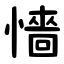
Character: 懎